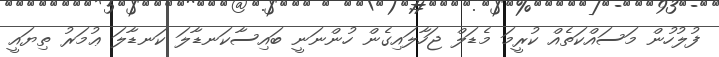
ފުލުހުން މަސައްކަތެއް ކުރީމަ މެޑަލް ޖަހާލައިގެން ހުންނަނީ ބައިސާކަނޑާލަ ކަނޑާލަ ޢުމަރު ތިޔައީ